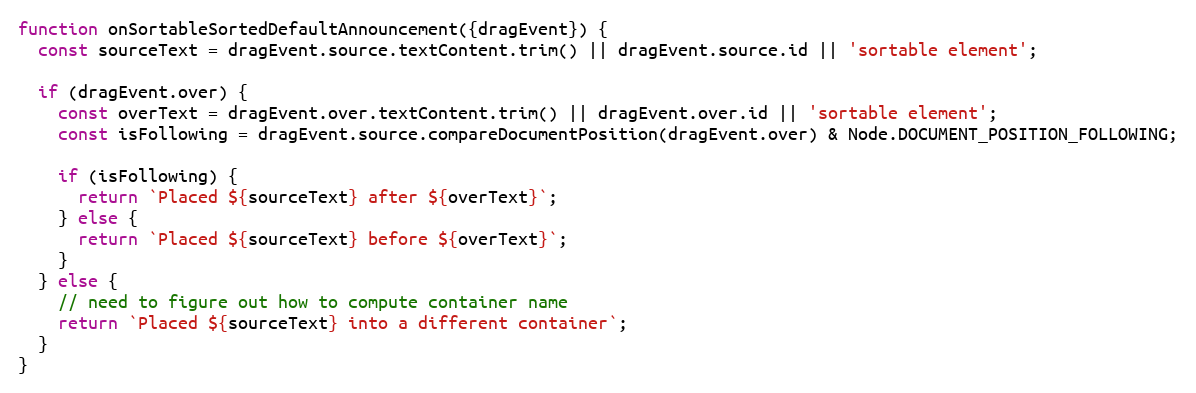
Language: JavaScript
function onSortableSortedDefaultAnnouncement({dragEvent}) {
  const sourceText = dragEvent.source.textContent.trim() || dragEvent.source.id || 'sortable element';

  if (dragEvent.over) {
    const overText = dragEvent.over.textContent.trim() || dragEvent.over.id || 'sortable element';
    const isFollowing = dragEvent.source.compareDocumentPosition(dragEvent.over) & Node.DOCUMENT_POSITION_FOLLOWING;

    if (isFollowing) {
      return `Placed ${sourceText} after ${overText}`;
    } else {
      return `Placed ${sourceText} before ${overText}`;
    }
  } else {
    // need to figure out how to compute container name
    return `Placed ${sourceText} into a different container`;
  }
}